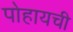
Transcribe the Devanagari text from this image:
पोहायची